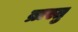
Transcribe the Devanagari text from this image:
ब्रास्तु